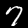
Digit: 7